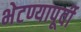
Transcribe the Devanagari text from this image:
भेटण्यापूर्वी